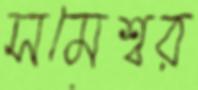
সমেশ্বর